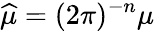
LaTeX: {\widehat{\mu}}=(2\pi)^{-n}\mu